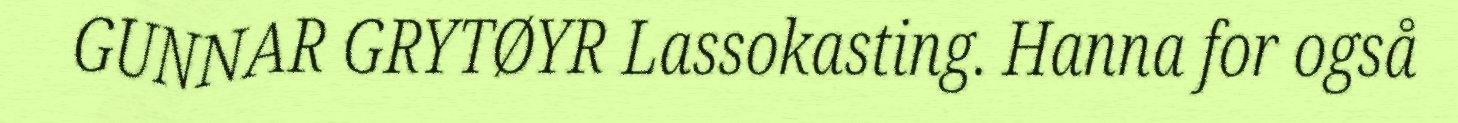
GUNNAR GRYTØYR Lassokasting. Hanna for også